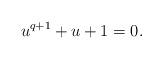
LaTeX: \begin{align*} u^{q+1}+u+1=0. \end{align*}